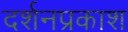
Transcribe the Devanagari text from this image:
दर्शनप्रकाश